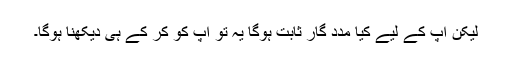
لیکن آپ کے لیے کیا مدد گار ثابت ہوگا یہ تو آپ کو کر کے ہی دیکھنا ہوگا۔